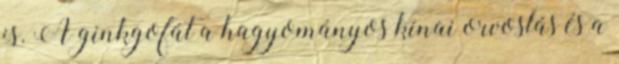
is. A ginkgofát a hagyományos kínai orvoslás és a